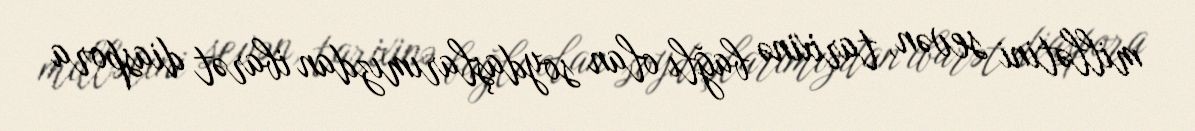
millətini sevən, tarixinə bağlı olan soydaşlarımızdan ibarət diaspora